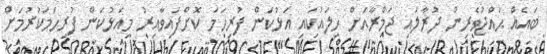
ބައެއް ޙައްޖުވެރިން ދުރާލައި ޖަމްރާއަށް ހިލައުކައި އަޅުކަން ފުރިހަމަ ކޮށްފައިވާއިރު މިއަޅުކަން ފުރިހަމަކުރުމަށް